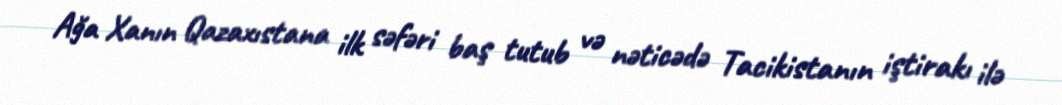
Ağa Xanın Qazaxıstana ilk səfəri baş tutub və nəticədə Tacikistanın iştirakı ilə